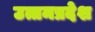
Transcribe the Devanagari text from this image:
उत्तमप्रदेश